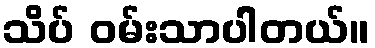
သိပ် ဝမ်းသာပါတယ်။